Language: tamil
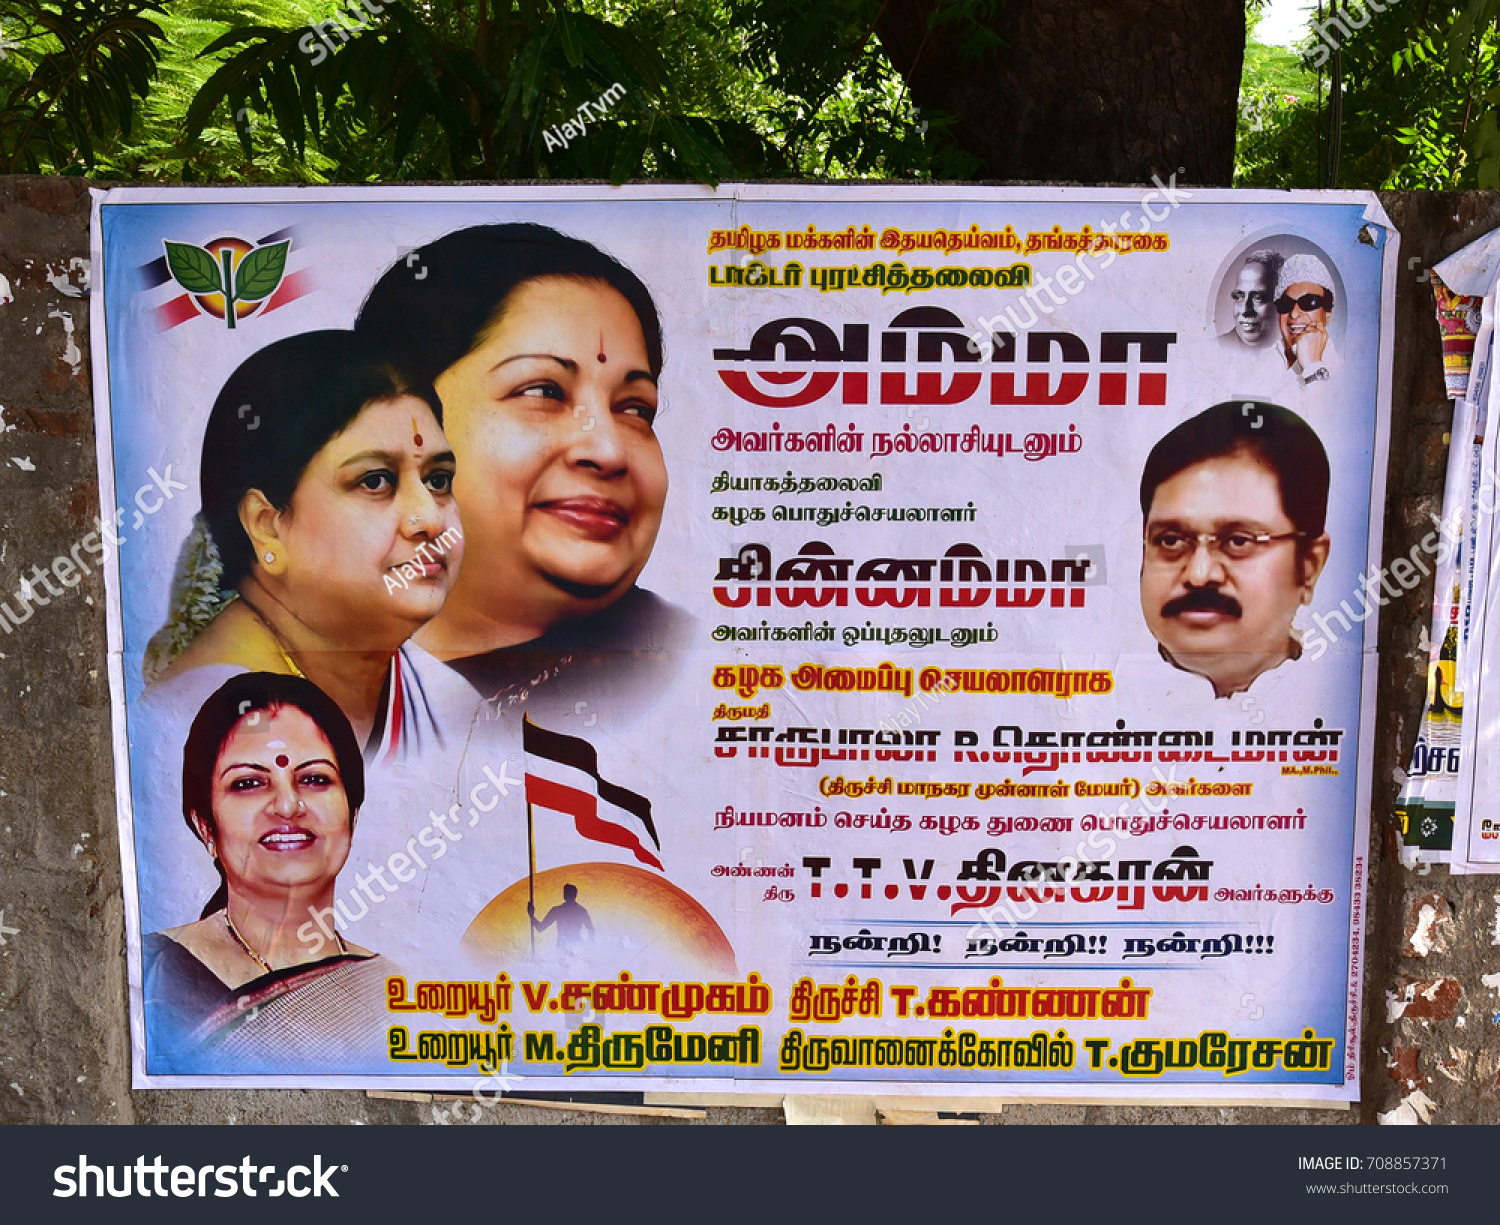
Transcription: அவ அம்மா தமிழக டாக்டர் புரட்சித்தலைவி அவர்களின் கழக ஒப்புதலுடனும் கழக அமைப்பு மாநகர முன்னாள் அவர்களை நியமனம் செய்த கழக பொதுச்செயலாளர் அவர்களுக்கு நன்றி உறையூர் திருச்சி கண்ணன் உறையூர் திருமேனி திருவானைக்கோவில் நல்லாசியுடனும் தியாகத்தலைவி சின்னம்மா துணை அவர்களின் திருச்சி சண்முகம் பொதுச்செயலாளா் மக்களின் குமரேசன் நன்றி இதயதெய்வம் மேயர்